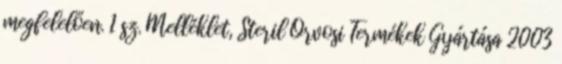
megfelelően. 1 sz. Melléklet, Steril Orvosi Termékek Gyártása 2003